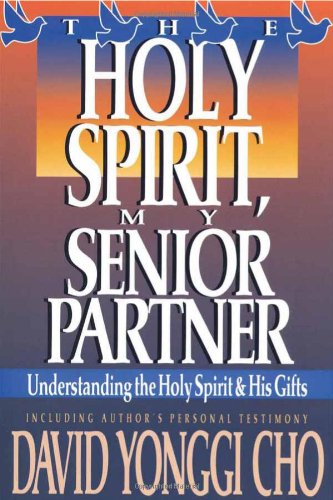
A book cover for Holy Spirit, My Senior Partner: Understanding the Holy Spirit and His gifts; Paul Y Cho; Christian Books & Bibles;